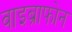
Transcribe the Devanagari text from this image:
वाइब्राफोन